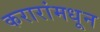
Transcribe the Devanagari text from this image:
करारांमधून